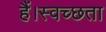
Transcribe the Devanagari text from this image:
हैं।स्वच्छता